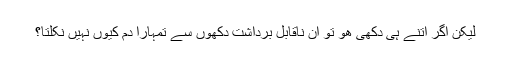
لیکن اگر اتنے ہی دکھی ھو تو ان ناقابل برداشت دکھوں سے تمہارا دم کیوں نہیں نکلتا؟